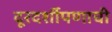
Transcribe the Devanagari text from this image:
दूरदर्शीपणाची